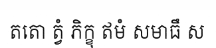
តតោ ត្វំ ភិក្ខុ ឥមំ សមាធឹ ស